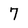
Character: 7